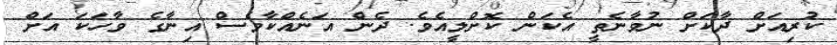
ކުރިއަށް ދާކަށް ނުވާނެތީ އެކަން ކޮށްލީއެވެ. ދެން އަނެއްކާވެސް އިނާގެ ވާހަކަ އަށް